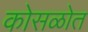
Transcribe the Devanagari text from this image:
कोसळोत